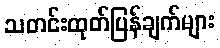
သတင်းထုတ်ပြန်ချက်များ